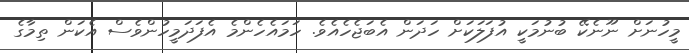
މީހުނަށް ނޫނެކޭ ބުނުމަކީ އުފަލަކަށް ހަދަން އެބަޖެހެއެވެ. ހަމައެހެންމެ އެފަދަމީހުންވެސް އެކަން ތިމާގެ